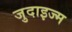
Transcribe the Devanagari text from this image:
जुदाइज्म